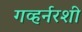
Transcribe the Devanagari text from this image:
गव्हर्नरशी